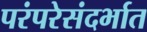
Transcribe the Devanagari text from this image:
परंपरेसंदर्भात